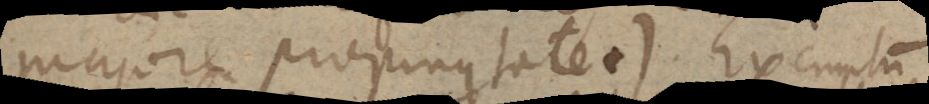
majore propinquitate +). Exemplum